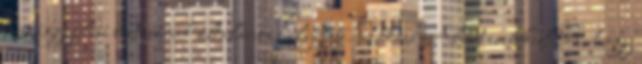
országgyűlési biztosának általános helyettese. Takács Albert emlékeztet rá, hogy